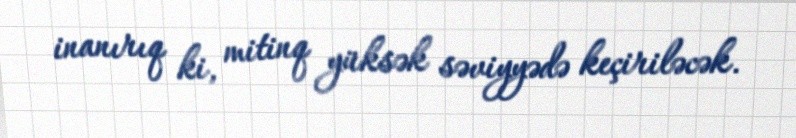
inanırıq ki, mitinq yüksək səviyyədə keçiriləcək.